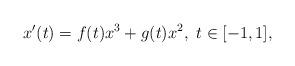
LaTeX: \begin{align*}x'(t)=f(t)x^3+g(t)x^2,~t \in [-1,1],\end{align*}